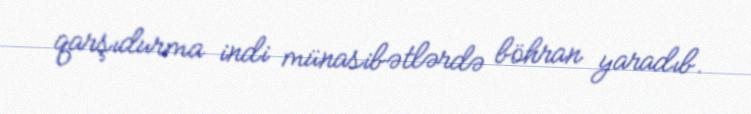
qarşıdurma indi münasibətlərdə böhran yaradıb.